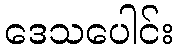
ဒေသပေါင်း